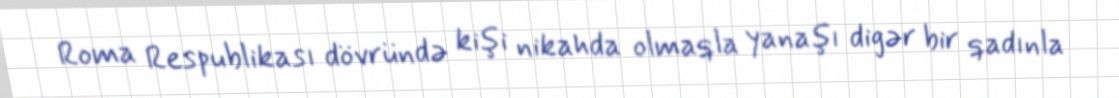
Roma Respublikası dövründə kişi nikahda olmaqla yanaşı digər bir qadınla